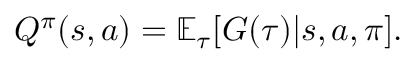
Q ^ { \pi } ( s , a ) = \mathbb { E } _ { \tau } [ G ( \tau ) | s , a , \pi ] .